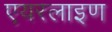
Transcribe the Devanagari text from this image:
एयरलाइण